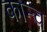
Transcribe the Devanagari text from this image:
कान्च